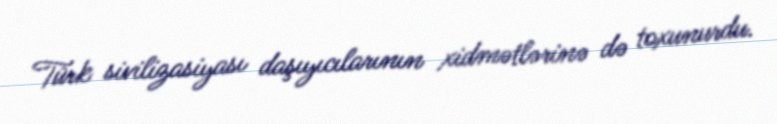
Türk sivilizasiyası daşıyıcılarının xidmətlərinə də toxunurdu.